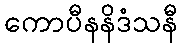
ကောပီနနိဒံသနီ